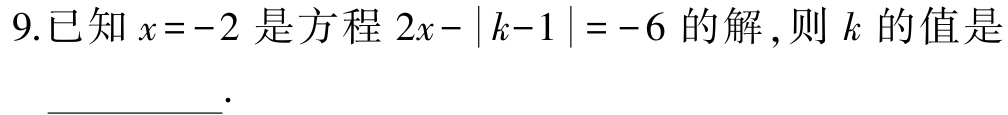
9.已知\(x = - 2\)是方程\(2x-\vert k - 1\vert=-6\)的解,则\(k\)的值是___.